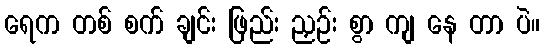
ရေက တစ် စက် ချင်း ဖြည်း ညှဉ်း စွာ ကျ နေ တာ ပဲ။